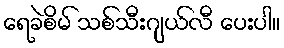
ရေခဲစိမ် သစ်သီးဂျယ်လီ ပေးပါ။